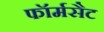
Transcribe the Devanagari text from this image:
फॉर्मसैट